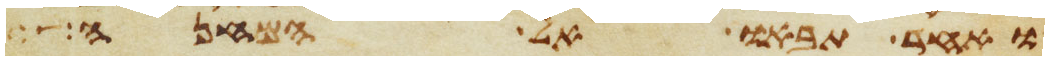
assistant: ואחר תבאו אל המחנה